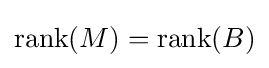
\operatorname {rank} (M)=\operatorname {rank} (B)